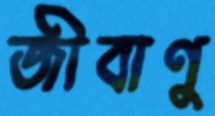
জীবাণু